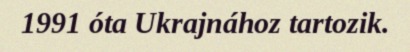
1991 óta Ukrajnához tartozik.